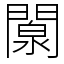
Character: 闎